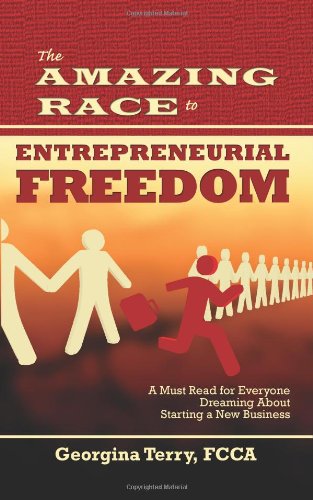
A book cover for The Amazing Race to Entrepreneurial Freedom; Georgina Terry; Business & Money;